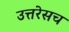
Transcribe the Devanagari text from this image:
उत्तरेसच